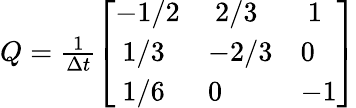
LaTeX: \begin{array}{r}{Q=\frac{1}{\Delta t}\left[\begin{array}{lll}{-1/2}&{\mathrm{~}2/3}&{\mathrm{~}1}\\ {\mathrm{~}1/3}&{-2/3}&{0}\\ {\mathrm{~}1/6}&{0}&{-1}\end{array}\right]}\end{array}